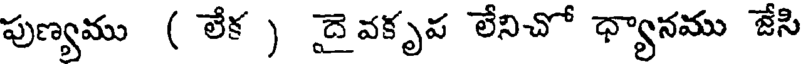
పుణ్యము ( లేక ) దై వకృప లేనిచో ధ్యానము జేసి